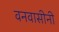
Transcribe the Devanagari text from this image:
वनवासीनी